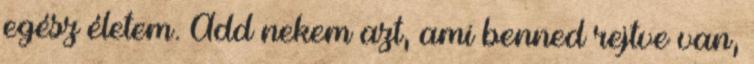
egész életem. Add nekem azt, ami benned rejtve van,